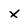
Character: X